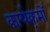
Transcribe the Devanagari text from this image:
कार्यक्र्रमों